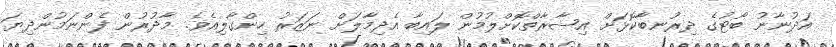
އަދުނާނު ބޯޓުގެ ދިރުނބާކޮޅަށް އިޝާރާތްކޮށްލުމުން ލައިބާ އެދިމާލަށް ނަޒަރު ހިންގާލިއެވެ. މާދުރުން ފެންނަމުންދިޔަ